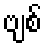
ဗျစ်